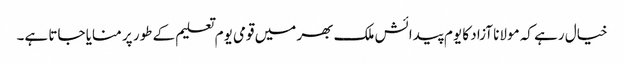
خیال رہے کہ مولانا آزاد کا یوم پیدائش ملک بھر میں قومی یوم تعلیم کے طور پر منایا جاتا ہے۔